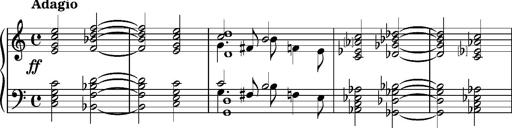
Title: 2 Album-Leaves, S.163f
Composer: Franz Liszt
Key: No.1: C major
 No.2: C major